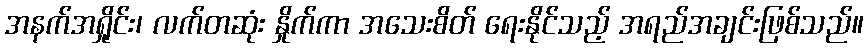
အနက်အရှိုင်း၊ လက်တဆုံး နှိုက်ကာ အသေးစိတ် ရေးနိုင်သည့် အရည်အချင်းဖြစ်သည်။